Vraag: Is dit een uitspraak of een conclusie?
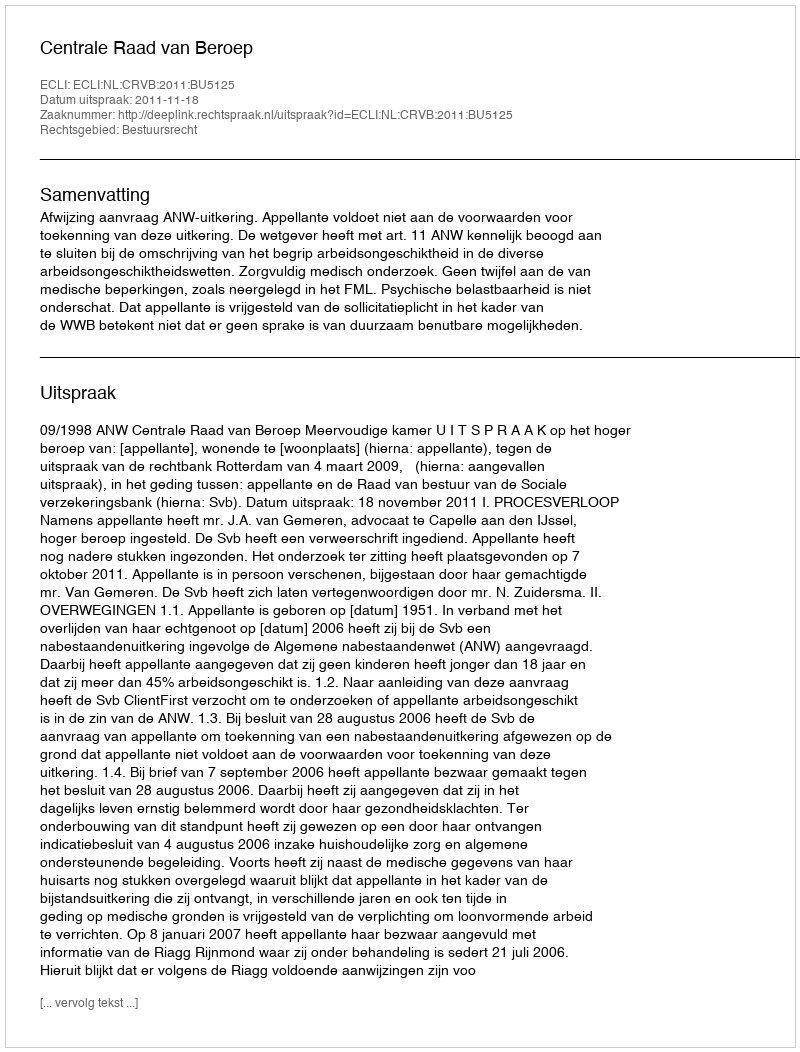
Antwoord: Uitspraak